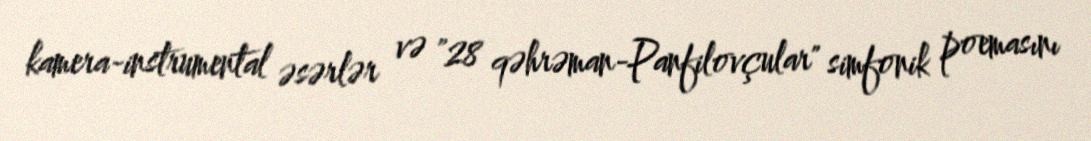
kamera-instrumental əsərlər və "28 qəhrəman-Panfilovçular" simfonik poemasını